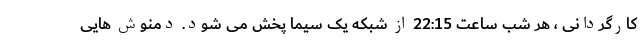
کارگردانی ، هر شب ساعت 22:15 از شبکه یک سیما پخش می شود. دمنوش هایی